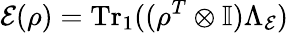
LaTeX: \mathcal{E}(\rho)=\mathrm{Tr}_{1}((\rho^{T}\otimes\mathbb{I})\Lambda_{\mathcal{E}})